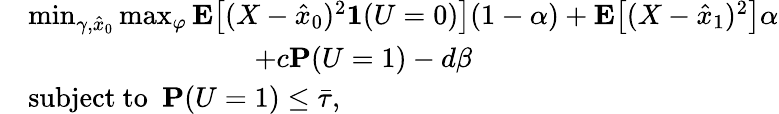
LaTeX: \begin{array}{rl}&{\operatorname*{min}_{\gamma,\hat{x}_{0}}\operatorname*{max}_{\varphi}\mathbf{E}\big[(X-\hat{x}_{0})^{2}\mathbf{1}(U=0)\big](1-\alpha)+\mathbf{E}\big[(X-\hat{x}_{1})^{2}\big]\alpha}\\ &{\qquad\qquad\qquad\qquad+c\mathbf{P}(U=1)-d\beta}\\ &{\mathrm{subject~to~~}\mathbf{P}(U=1)\le\bar{\tau},}\end{array}